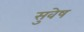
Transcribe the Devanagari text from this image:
सुवेष